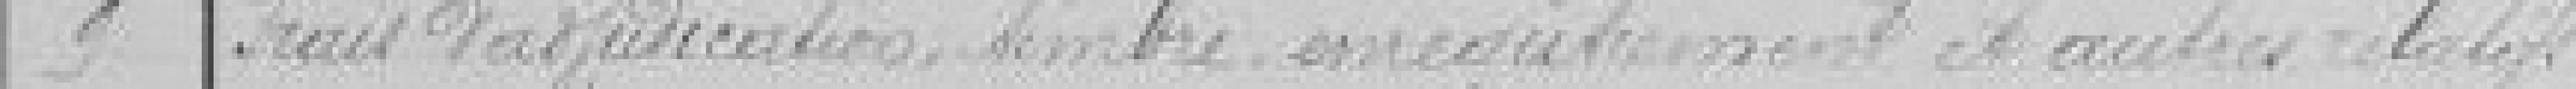
9 Frais d'adjudication, timbre, enregistrement et autres relatifs